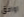
اوافق